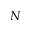
N